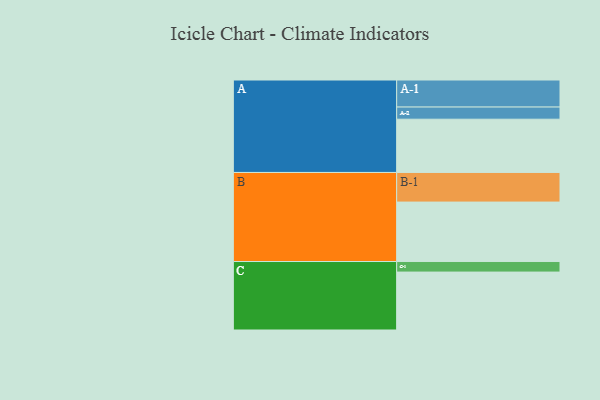
{"axis": {"x": "Segment", "y": "Value"}, "legend": ["", "A", "B", "C"], "data": [{"x": "A", "y": 455, "type": ""}, {"x": "B", "y": 508, "type": ""}, {"x": "C", "y": 495, "type": ""}, {"x": "A-1", "y": 231, "type": "A"}, {"x": "A-2", "y": 104, "type": "A"}, {"x": "B-1", "y": 253, "type": "B"}, {"x": "C-1", "y": 90, "type": "C"}]}